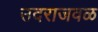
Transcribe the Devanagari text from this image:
उदराजवळ